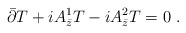
\begin{align*}\bar{\partial}T + iA^1_{\bar{z}}T - iA^2_{\bar{z}}T = 0 \ .\end{align*}